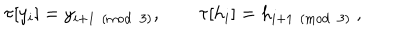
LaTeX: \tau [ y _ { i } ] = y _ { i + 1 \pmod 3 } , \qquad \tau [ h _ { i } ] = h _ { i + 1 \pmod 3 } \ ,